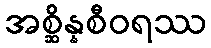
အစ္ဆိန္နစီဝရဿ